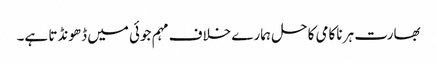
بھارت ہر ناکامی کا حل ہمارے خلاف مہم جوئی میں ڈھونڈتا ہے۔